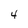
Character: 4